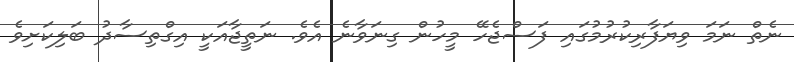
ނެތް ނަމަ ވިޔަފާރިކުރުމުގައި ފަސްޖެހޭ މީހުން ގިނަވާނެ އެވެ. ނަތީޖާއަކީ އިގްތިސާދު ބަލިކަށިވެ